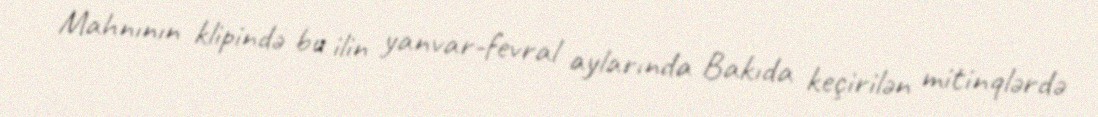
Mahnının klipində bu ilin yanvar-fevral aylarında Bakıda keçirilən mitinqlərdə